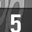
Digit: 5